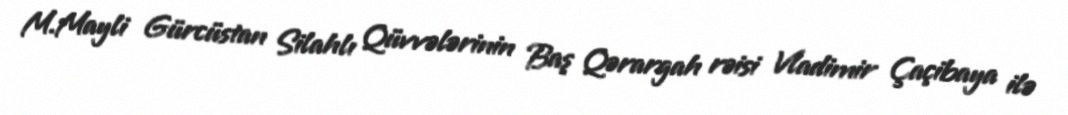
M.Mayli Gürcüstan Silahlı Qüvvələrinin Baş Qərargah rəisi Vladimir Çaçibaya ilə